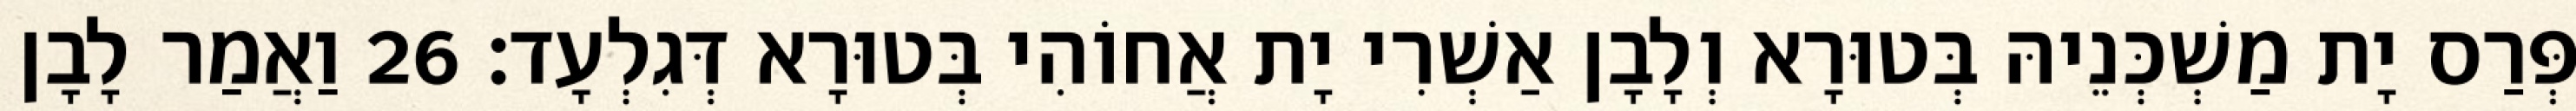
פְּרַס יָת מַשְׁכְּנֵיהּ בְּטוּרָא וְלָבָן אַשְׁרִי יָת אֲחוֹהִי בְּטוּרָא דְּגִלְעָד׃ 26 וַאֲמַר לָבָן